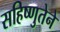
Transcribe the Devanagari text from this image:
सहिष्णुतेने